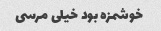
خوشمزه بود خیلی مرسی